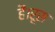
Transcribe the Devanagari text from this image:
हैं।रूस